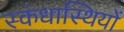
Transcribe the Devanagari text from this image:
स्कंधास्थियों